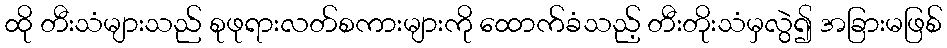
ထို တီးသံများသည် စုဖုရားလတ်စကားများကို ထောက်ခံသည့် တီးတိုးသံမှလွဲ၍ အခြားမဖြစ်